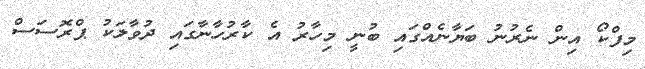
މިފްކޯ އިން ނެރުނު ބަޔާނެއްގައި ބުނީ މިހާރު އެ ކާރުހާނާގައި ދުވާލަކު ޕްރޮސަސް